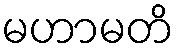
မဟာမတိ